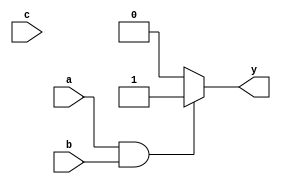
module combinational_logic (
    input wire a,
    input wire b,
    input wire c,
    output reg y
);

// Always block sensitive to changes in inputs a, b, or c
always @(*) begin
    // Combinational logic behavior using the = operator for assignments
    if (a && b) begin
        y = 1'b1; // Set output high if both a and b are high
    end else if (!a && c) begin
        y = 1'b0; // Set output low if a is low and c is high
    end else begin
        y = 1'b0; // Default case, set output low
    end
end

endmodule